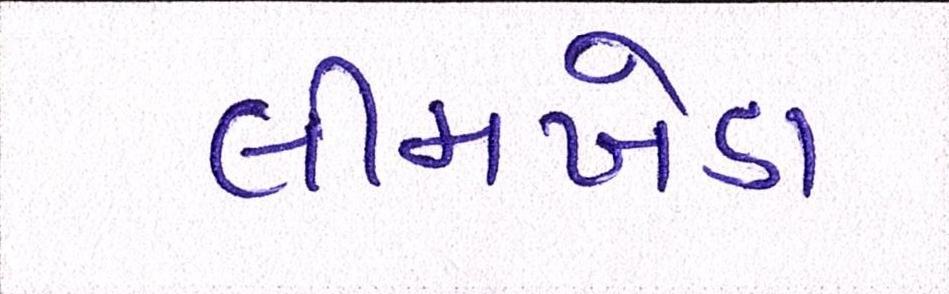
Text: લીમખેડા